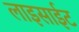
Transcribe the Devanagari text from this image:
लाइसाईट